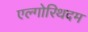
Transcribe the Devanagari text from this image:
एल्गोरिथदम